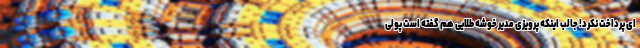
ای پرداخت نکرد! جالب اینکه پرویزی مدیر خوشه طلایی هم گفته است پولی